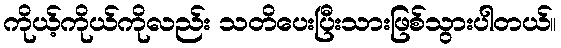
ကိုယ့်ကိုယ်ကိုလည်း သတိပေးပြီးသားဖြစ်သွားပါတယ်။